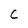
Character: c